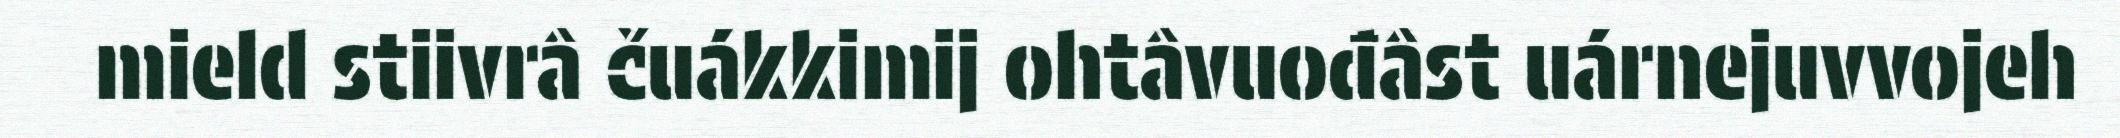
mield stiivrâ čuákkimij ohtâvuođâst uárnejuvvojeh